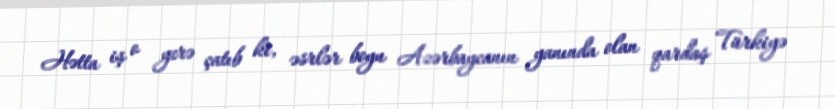
Hətta iş o yerə çatıb ki, əsrlər boyu Azərbaycanın yanında olan qardaş Türkiyə